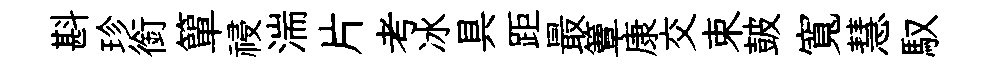
斟珍銜簞祲湍片考冰具距最簟康交束皷寬慧馭